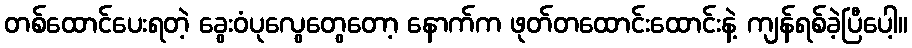
တစ်ထောင်ပေးရတဲ့ ခွေးဝံပုလွေတွေတော့ နောက်က ဖုတ်တထောင်းထောင်းနဲ့ ကျန်ရစ်ခဲ့ပြီပေါ့။